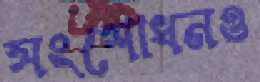
সংশোধনও